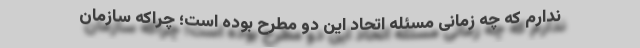
ندارم كه چه زمانی مسئله اتحاد این دو مطرح بوده است؛ چراكه سازمان